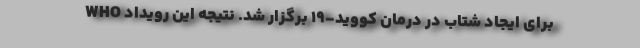
WHO ‌برای ایجاد شتاب در درمان کووید-19 برگزار شد. نتیجه این رویداد